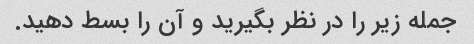
جمله زیر را در نظر بگیرید و آن را بسط دهید.